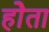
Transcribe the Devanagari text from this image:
होेता